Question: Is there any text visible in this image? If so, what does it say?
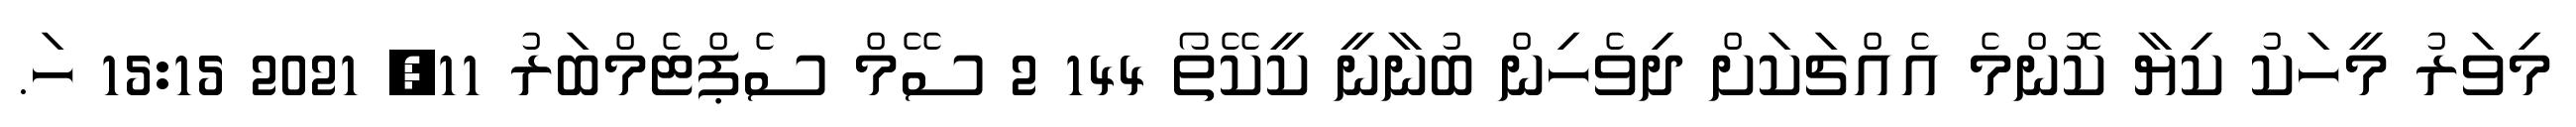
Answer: މިވަރު މީހަކު ކިޔާ ކޮންމެ އެއްޗަކަށް ދިވެހިން ބުނާނީ ކީކޭތޯ 144 2 ސޭމް ސެޕްޓެމްބަރު 11, 2021 15:15 ހަ.